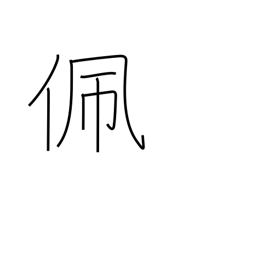
Meaning: put on (a sword)